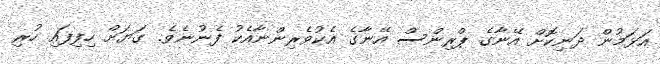
އަޅަމުން ދަނިކޮށް އޭނާގެ ޕްރިންސް އޭނާގެ އެކުވެރިންނާއެކު ފެނުނެވެ. ގަޔަށް ހިފިފައި ހުރި